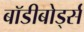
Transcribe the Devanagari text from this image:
बॉडीबोर्ड्स